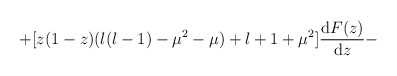
\begin{align*}+ [z(1-z)(l(l-1) - \mu^2 - \mu) + l+1+\mu^2 ]\frac{{\rm d}F(z)}{{\rm d}z} -\end{align*}